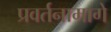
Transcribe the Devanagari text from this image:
प्रवर्तनामागे